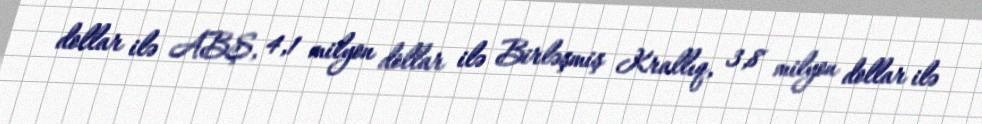
dollar ilə ABŞ, 4,1 milyon dollar ilə Birləşmiş Krallıq, 3,8 milyon dollar ilə